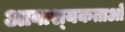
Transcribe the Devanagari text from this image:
आवाश्‍यकताओं